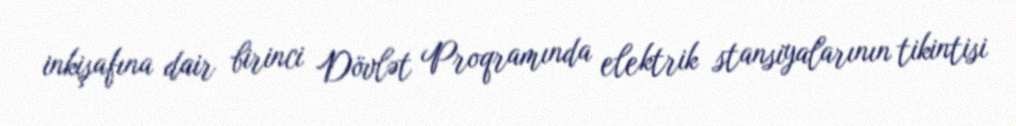
inkişafına dair birinci Dövlət Proqramında elektrik stansiyalarının tikintisi